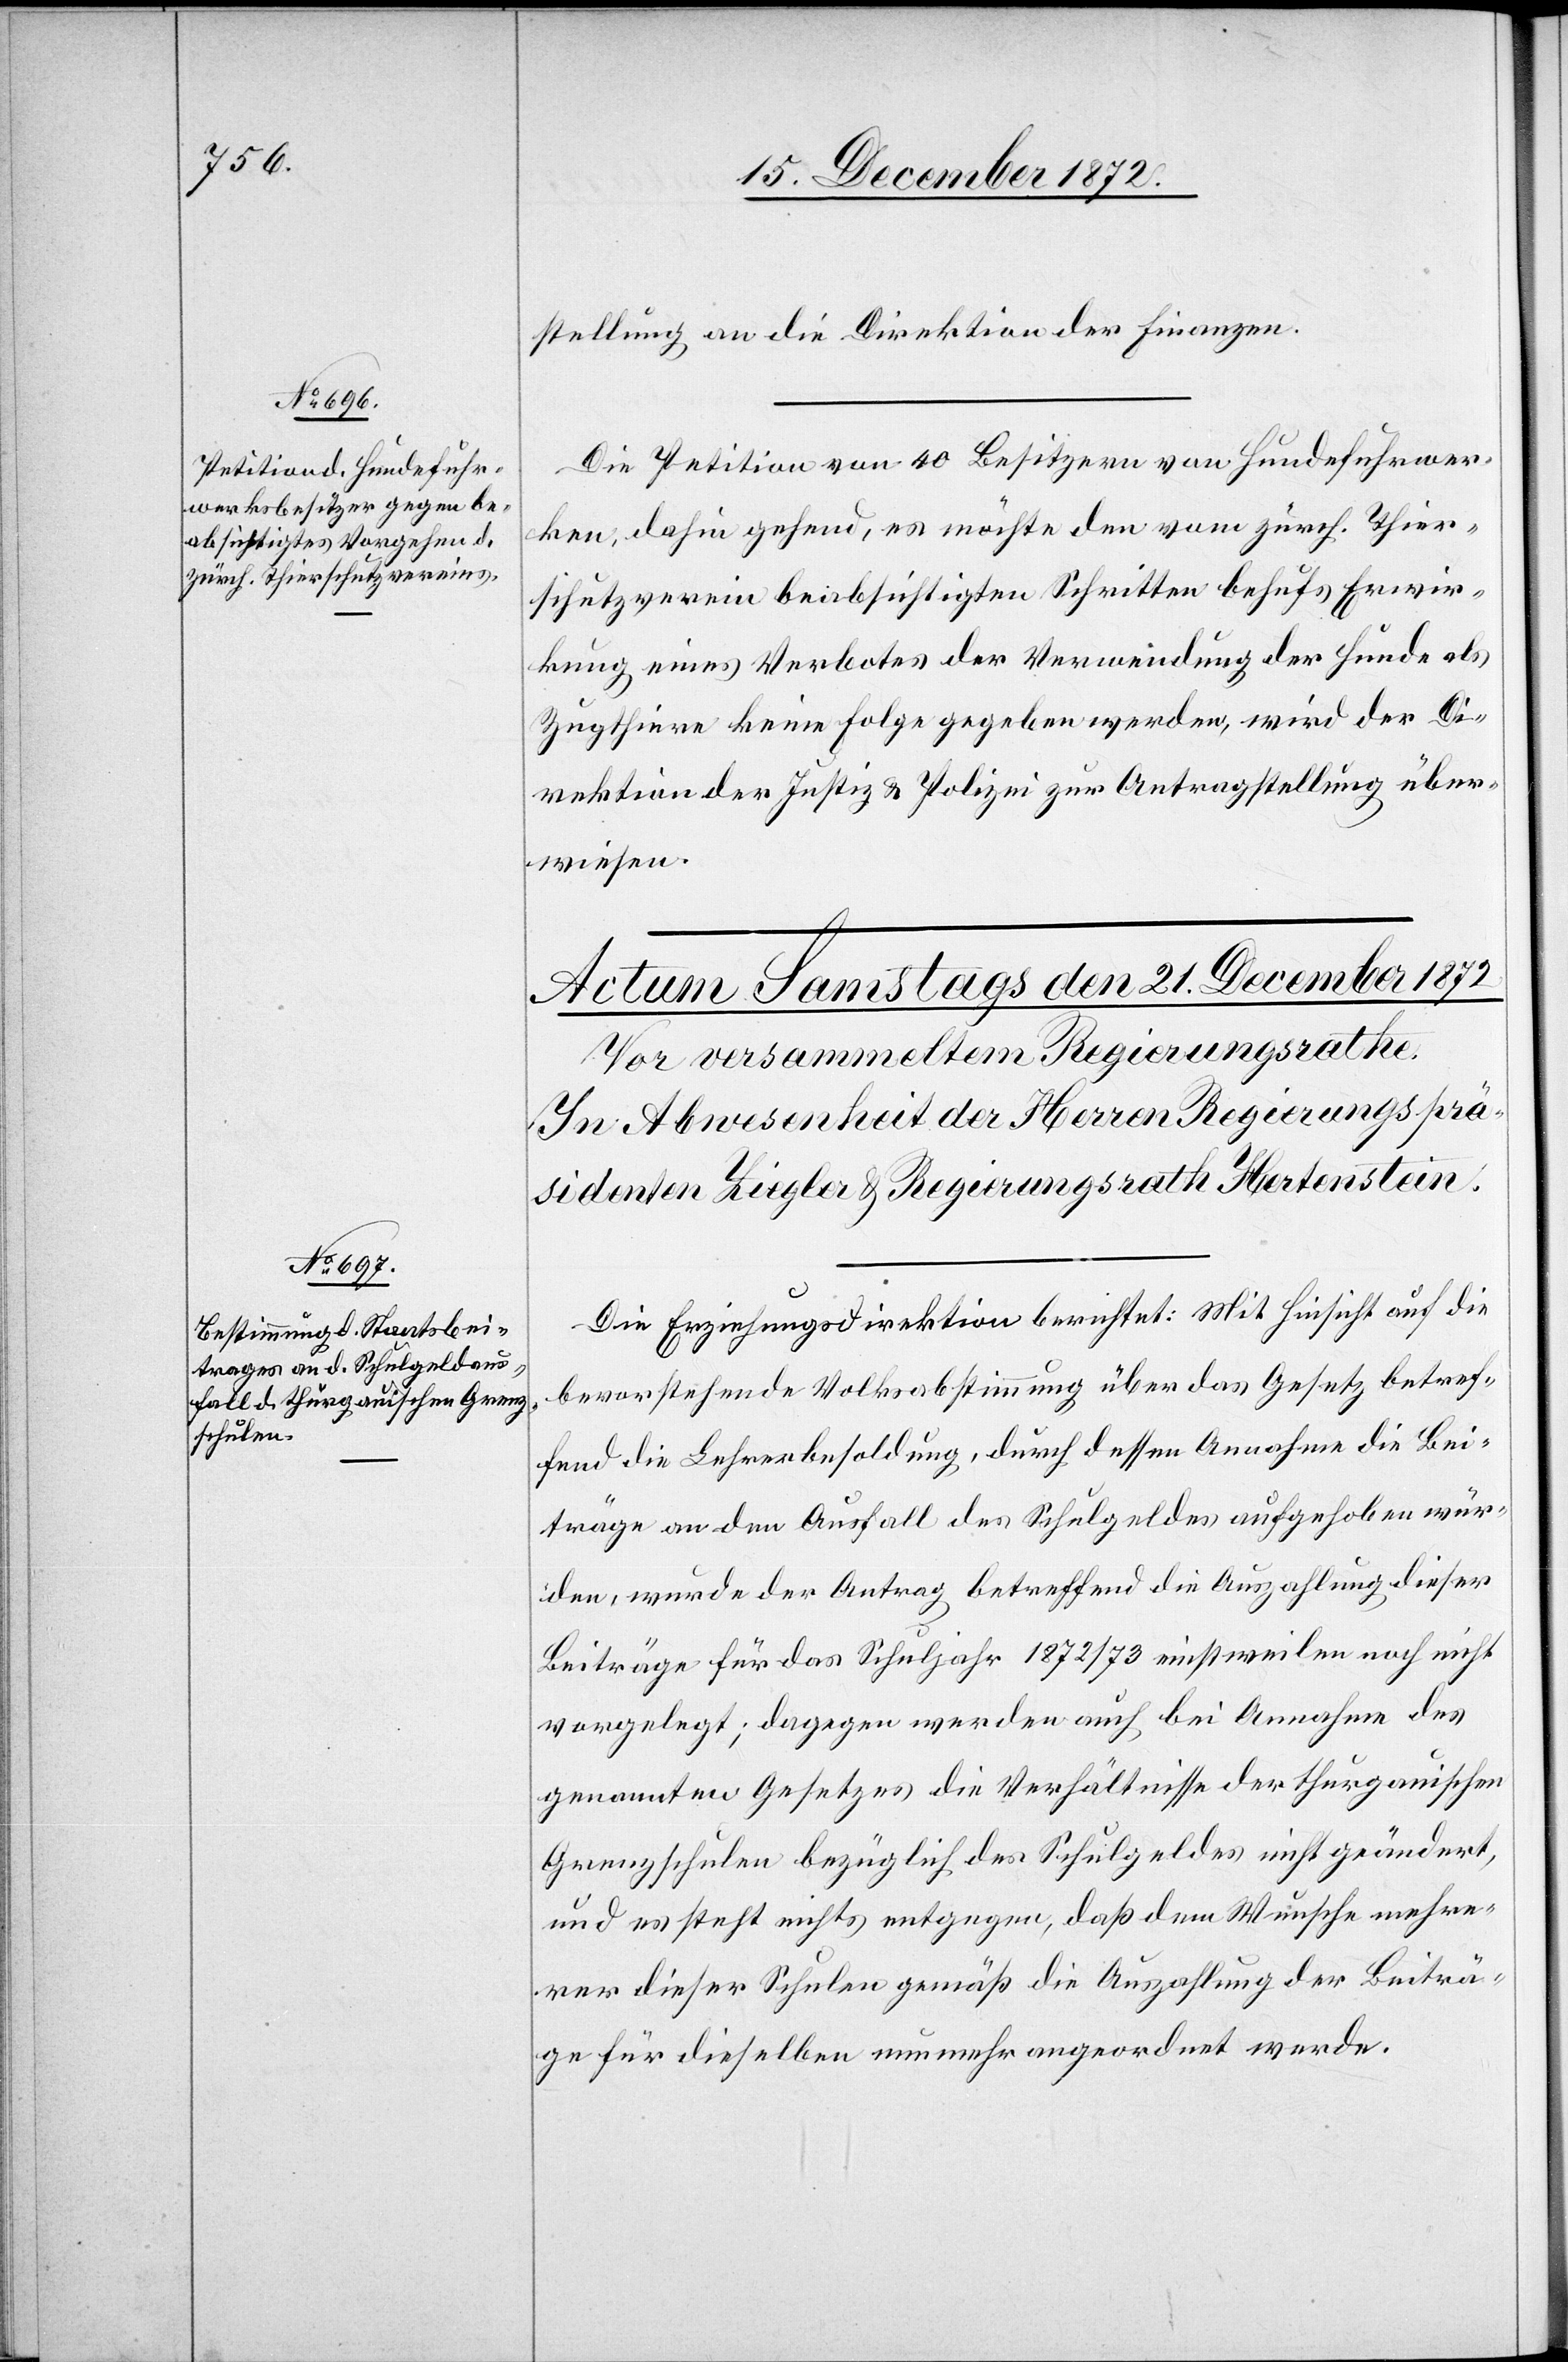
20. December 1872.]
stellung an die Direktion der Finanzen.
Die Petition von 40 Besitzern von Hundefuhrwer¬
ken, dahin gehend, es möchte den vom zürch. Thier¬
schutzverein beabsichtigten Schritten behufs Erwir¬
kung eines Verbotes der Verwendung der Hunde als
Zugthiere keine Folge gegeben werden, wird der Di¬
rektion der Justiz u. Polizei zur Antragstellung über¬
wiesen.
Die Erziehungsdirektion berichtet: Mit Hinsicht auf die
bevorstehende Volksabstimmung über das Gesetz betref¬
fend die Lehrerbesoldung, durch dessen Annahme die Bei¬
träge an den Ausfall des Schulgeldes aufgehoben wür¬
den, wurde der Antrag betreffend die Auszahlung dieser
Beiträge für das Schuljahr 1872/73 einstweilen noch nicht
vorgelegt; dagegen werden auch bei Annahme des
genannten Gesetzes die Verhältnisse der thurgauischen
Grenzschulen bezüglich des Schulgeldes nicht geändert,
und es steht nichts entgegen, daß dem Wunsche mehre¬
rer dieser Schulen gemäß die Auszahlung der Beiträ¬
ge für dieselben nunmehr angeordnet werde.